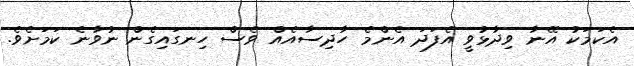
އެކަމަކު އޭނާ ވިދާޅުވީ އެފަދަ އެންމެ ހާދިސާއެއް ވެސް ހިނގައިގެން ނުވާނެ ކަމަށެވެ.